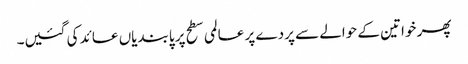
پھر خواتین کے حوالے سے پردے پر عالمی سطح پر پابندیاں عائد کی گئیں۔